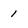
Character: 1